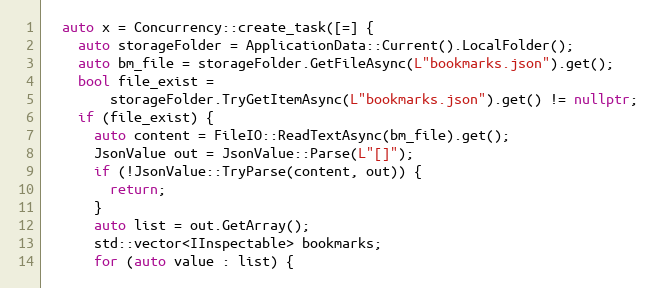
Language: C++
  auto x = Concurrency::create_task([=] {
    auto storageFolder = ApplicationData::Current().LocalFolder();
    auto bm_file = storageFolder.GetFileAsync(L"bookmarks.json").get();
    bool file_exist =
        storageFolder.TryGetItemAsync(L"bookmarks.json").get() != nullptr;
    if (file_exist) {
      auto content = FileIO::ReadTextAsync(bm_file).get();
      JsonValue out = JsonValue::Parse(L"[]");
      if (!JsonValue::TryParse(content, out)) {
        return;
      }
      auto list = out.GetArray();
      std::vector<IInspectable> bookmarks;
      for (auto value : list) {